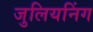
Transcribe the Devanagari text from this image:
जुलियनिंग